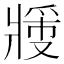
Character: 𬌉